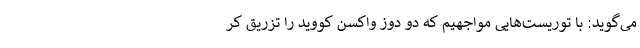
می‌گوید: با توریست‌هایی مواجهیم که دو دوز واکسن کووید را تزریق کر